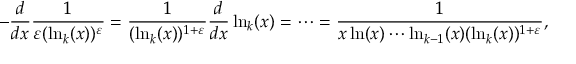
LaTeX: - { \frac { d } { d x } } { \frac { 1 } { \varepsilon ( \ln _ { k } ( x ) ) ^ { \varepsilon } } } = { \frac { 1 } { ( \ln _ { k } ( x ) ) ^ { 1 + \varepsilon } } } { \frac { d } { d x } } \ln _ { k } ( x ) = \cdots = { \frac { 1 } { x \ln ( x ) \cdots \ln _ { k - 1 } ( x ) ( \ln _ { k } ( x ) ) ^ { 1 + \varepsilon } } } ,